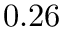
0 . 2 6